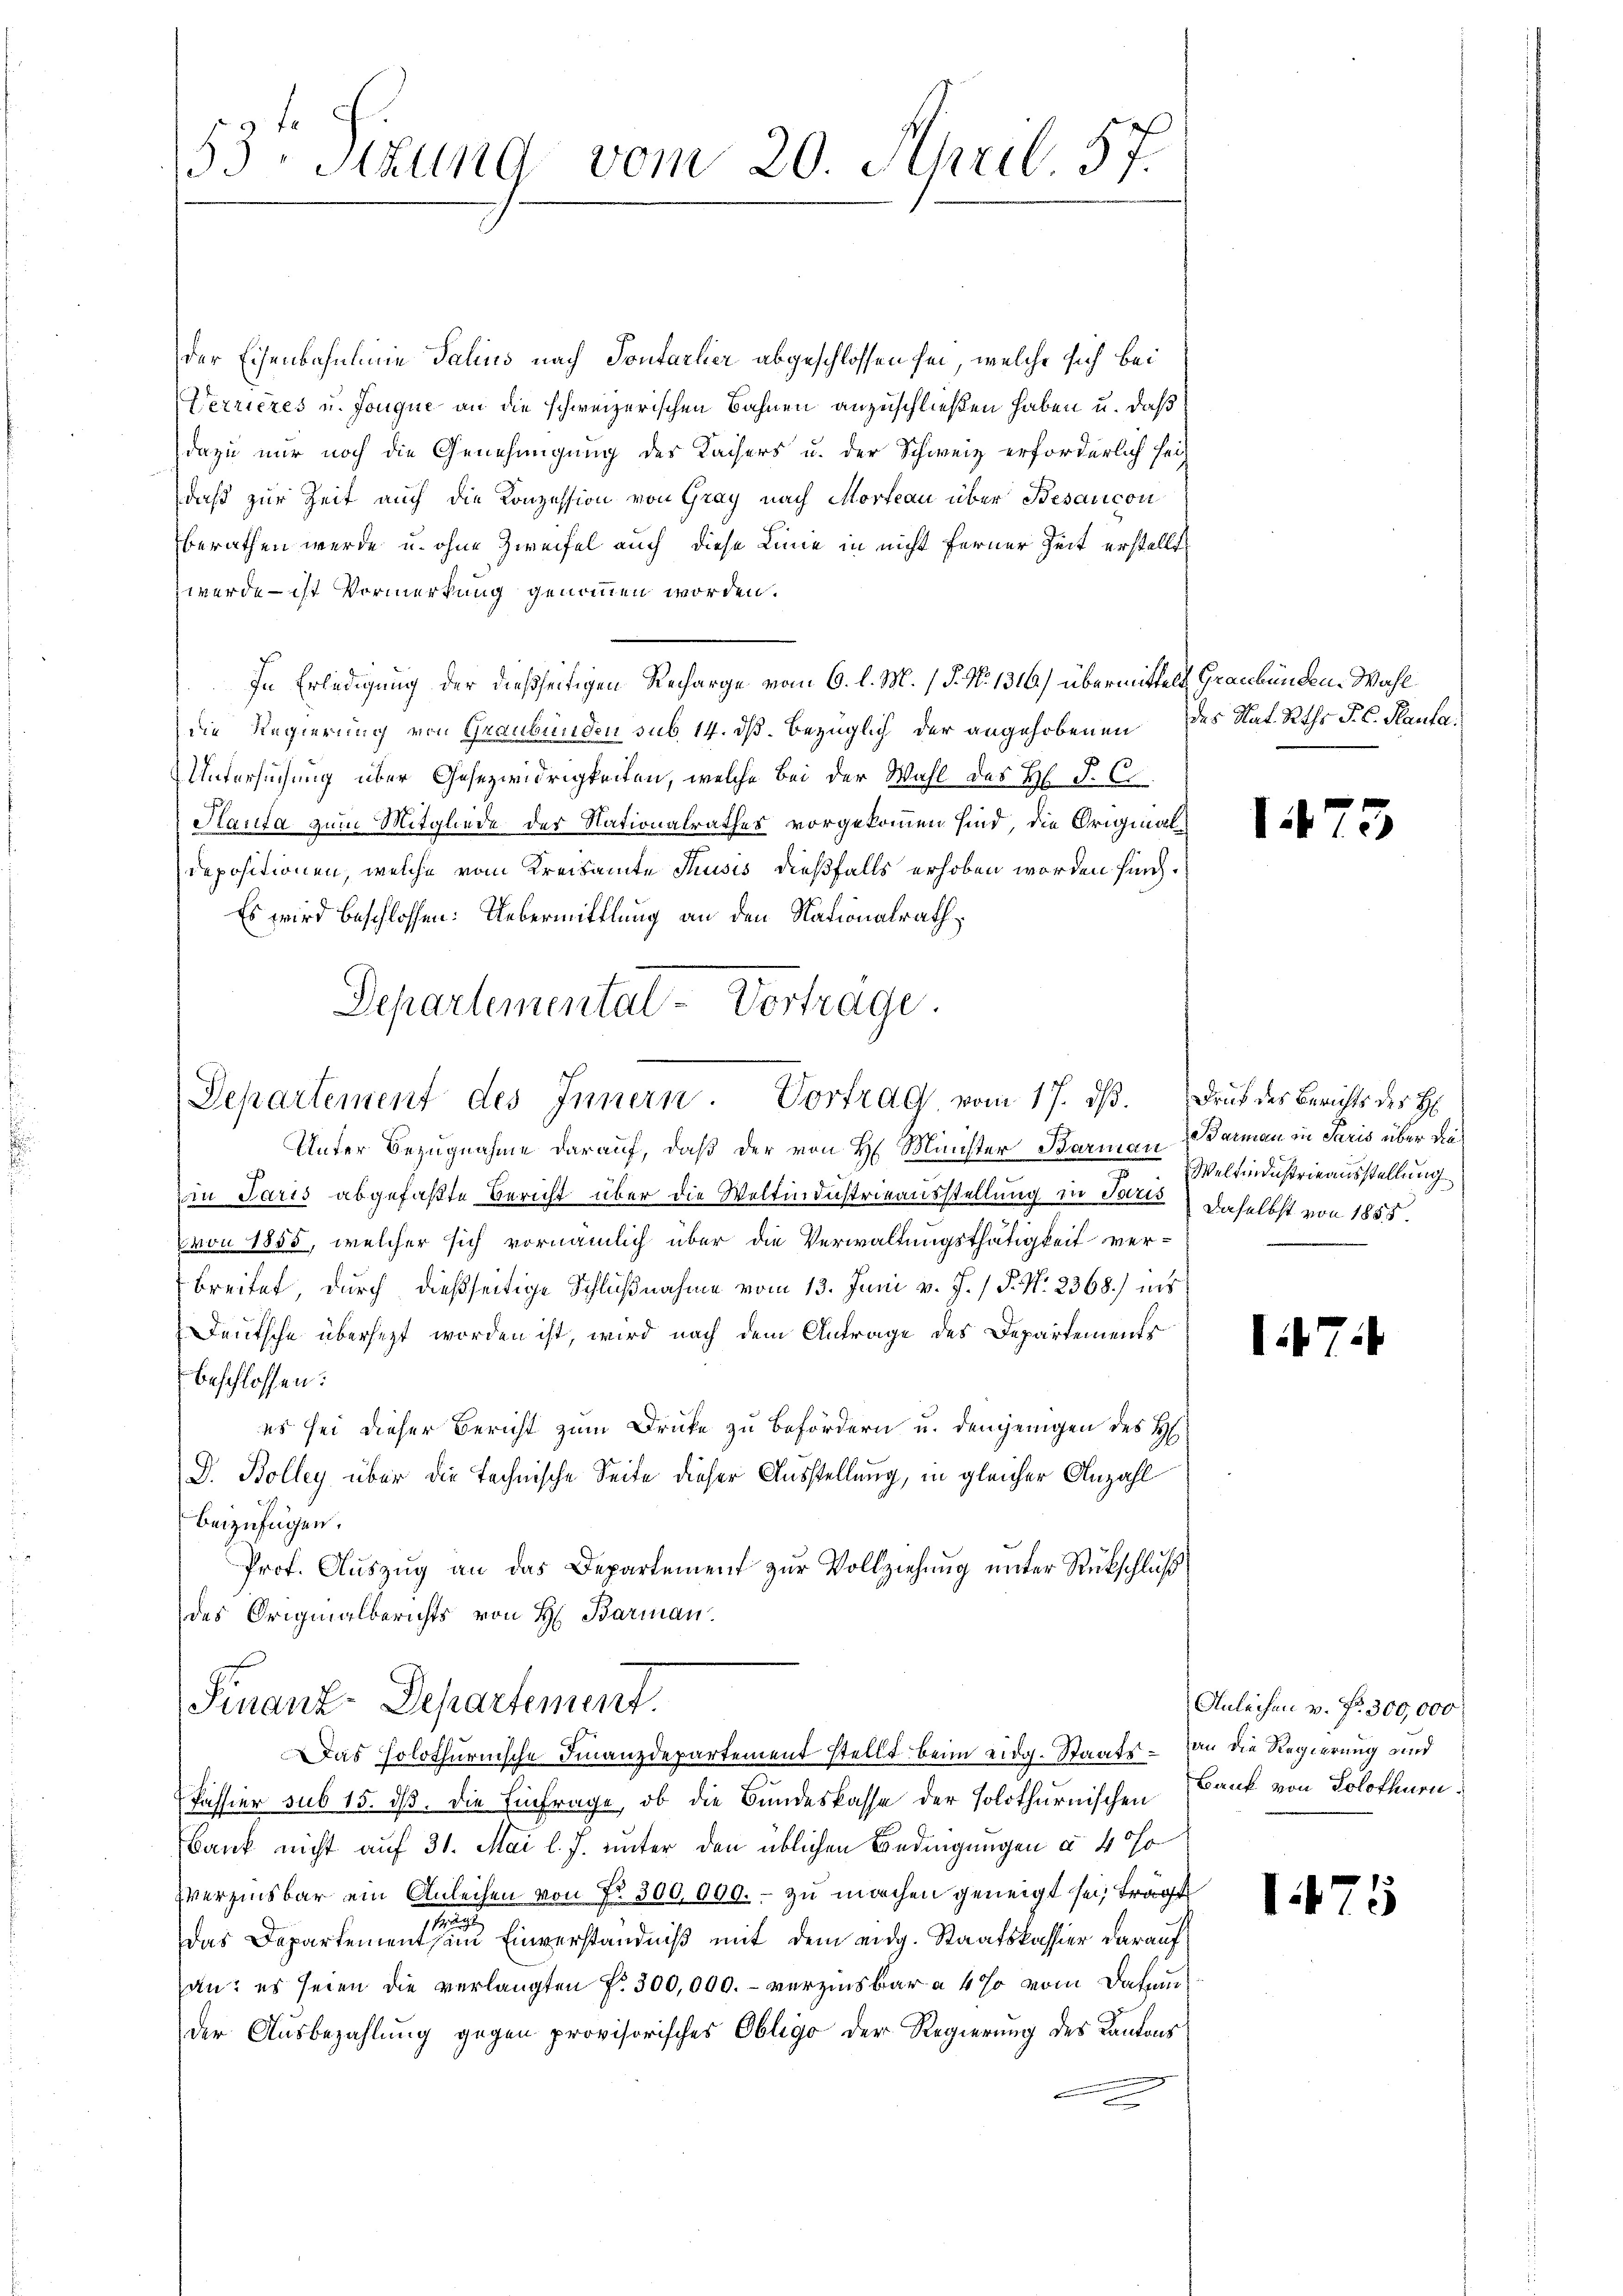
53. Sitzung vom 20. April 57.

der Eisenbahnlinie Salius nach Pontarlier abgeschlossen sei, welche sich bei
Verrieres u. Jouque an die schweizerischen Bahnen anzuschließen haben u. daß
dazu nur noch die Genehmigung der Kaisers u. der Schweiz erforderlich sei
daß zur Zeit auch die Konzession von Gray nach Mordeau über Besaricon
berathen werde u. ohne Zweifel auch diese Linie in nicht ferner Zeit erstellt
werde – ist Vormerkung genommen worden.
In Erledigung der dießseitigen Recharge vom 6. l. M. (§. No 1316.) übermittelt Graubünden-Wahl
die Regierung von Graubünden sub 14. dß. bezüglich der angehobenen des Nat. Raths P. C. Hauta
Untersuchung über Gesezwidrigkeiten, welche bei der Wahl des H. P. C.
Hanta zum Mitgliede des Nationalrathes vorgekommen sind, die Originaldepositionen, welche vom Kreisamte Thusis dießfalls erhoben worden sind.
Es wird beschlossen: Uebermittlung an den Nationalrath
Departementat-Vorträge.

Unter Bezugnahme darauf, daß der von H. Minister Barmann Garmann in Paris über dies
in Paris abgefaßte Bericht über die Weltindustrieausstellung in Paris daselbst von 1855.
von 1855, welcher sich vornämlich über die Verwaltungsthätigkeit verbreitet, durch dießseitige Schlußnahme vom 13. Juni v. J. / P. Nr. 2368) ins
Deutsche übersezt worden ist, wird nach dem Antrage des Departements
beschlossen:
es sei dieser Bericht zum Drucke zu befördern u. demjenigen des H
D. Bolleg über die technische Seite dieser Ausstellung, in gleicher Anzahl
beizufügen.
Prof. Aŭszŭg an das Departement zŭr Vollziehŭng ŭnter Rückschluß
des Originalberichts von H. Barman.

Departement des Innern. Vortrag vom 17. dβ. Druk des Berichts der H

Finanz-Departement.
Das holothurnische Finanzdepartement stellt beim eidg. Staats- an die Regierung und

Passier sub 15. dß. die Einfrage, ob die Bundeskasse der solothurnischen Bank von Solothurn¬
Bank nicht auf 31. Mai l. J. unter den üblichen Bedingungen a 4 J
zverzinsbar ein Anleihen von Nr. 300,000. - zu machen geneigt sei, frägt
n
Das Departementen Einverständniß mit dem eidg. Staatskassier darauf
an: es seien die verlangten No. 300,000. – verzinsbar a 4 % vom Dahan
der Ausbezahlung gegen provisorisches Obligo der Regierung des Kantons
e

14

147.

5

Weltindustrieausstellung

Anleihen v. Nr. 300,000

1.175